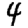
Digit: 4